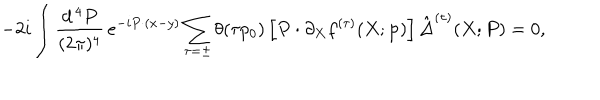
- 2 i \int \frac { d ^ { \, 4 } P } { ( 2 \pi ) ^ { 4 } } \, e ^ { - i P \cdot ( x - y ) } \sum _ { \tau = \pm } \theta ( \tau p _ { 0 } ) \left[ P \cdot \partial _ { X } f ^ { ( \tau ) } ( X ; { \bf p } ) \right] \hat { \Delta } ^ { ( \tau ) } ( X ; P ) = 0 ,